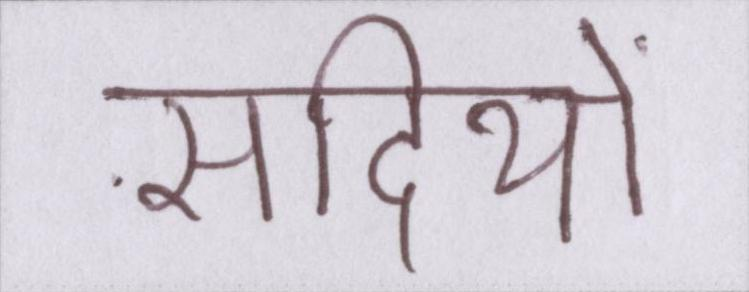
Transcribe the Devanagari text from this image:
सदियों